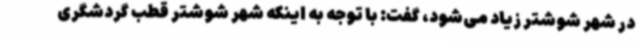
در شهر شوشتر زیاد می‌شود، گفت: با توجه به اینکه شهر شوشتر قطب گردشگری